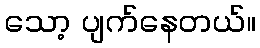
သော့ ပျက်နေတယ်။